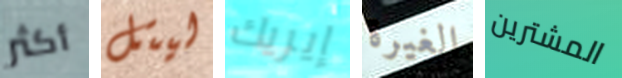
أكثر ليتل إيريك الغيرة المشترين